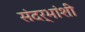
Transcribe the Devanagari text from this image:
संदर्भांंशी